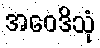
အဝေဒိသုံ